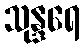
သုန္ဒရေ